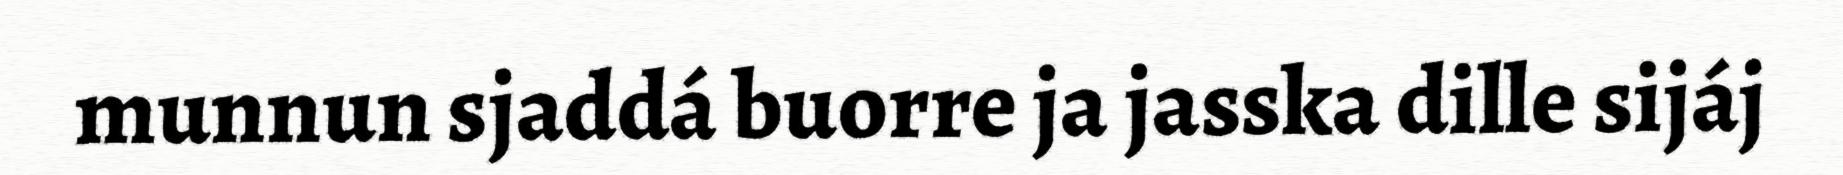
munnun sjaddá buorre ja jasska dille sijáj